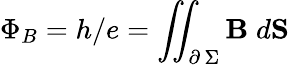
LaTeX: \Phi_{B}=h/e=\iint_{\partial\, \Sigma}\textbf{B}\; d\textbf{S}